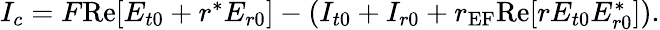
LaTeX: \begin{array}{r}{I_{c}=F\textrm{Re}[E_{t0}+r^{*}E_{r0}]-(I_{t0}+I_{r0}+r_{\textrm{EF}}\textrm{Re}[rE_{t0}E_{r0}^{*}]).}\end{array}